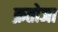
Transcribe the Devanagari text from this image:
क्रतोजा